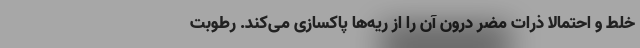
خلط و احتمالا ذرات مضر درون آن را از ریه‌ها پاکسازی می‌کند. رطوبت